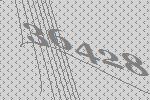
36428